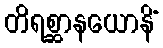
တိရစ္ဆာနယောနိံ